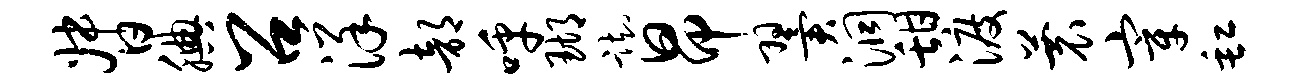
督腆召详部呼瑚踟昂翼洞甜渡蓑宰缸